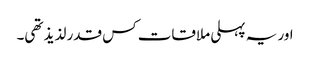
اور یہ پہلی ملاقات کس قدر لذیذ تھی۔